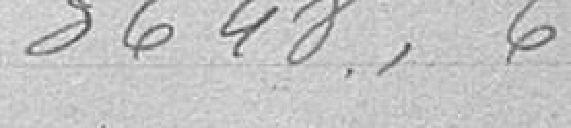
3.648,66